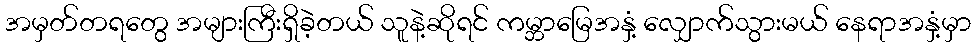
အမှတ်တရတွေ အများကြီးရှိခဲ့တယ် သူနဲ့ဆိုရင် ကမ္ဘာမြေအနှံ့ လျှောက်သွားမယ် နေရာအနှံ့မှာ